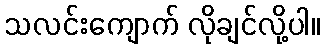
သလင်းကျောက် လိုချင်လို့ပါ။